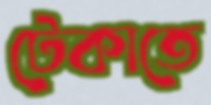
টেকাতে